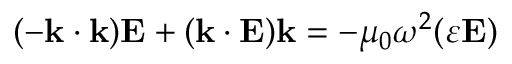
( - \mathbf { k } \cdot \mathbf { k } ) \mathbf { E } + ( \mathbf { k } \cdot \mathbf { E } ) \mathbf { k } = - \mu _ { 0 } \omega ^ { 2 } ( { \boldsymbol { \varepsilon } } \mathbf { E } )